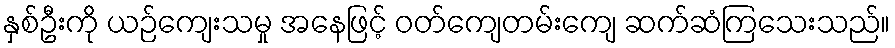
နှစ်ဦးကို ယဉ်ကျေးသမှု အနေဖြင့် ဝတ်ကျေတမ်းကျေ ဆက်ဆံကြသေးသည်။